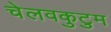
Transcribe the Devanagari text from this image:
चेलवकुटुम